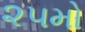
૨૫મો